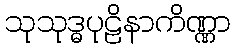
သုသုဒ္ဓပုဠိနာကိဏ္ဏာ